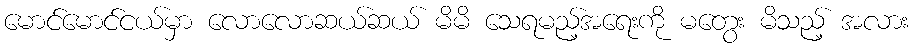
မောင်မောင်ငယ်မှာ လောလောဆယ်ဆယ် မိမိ သေရမည့်အရေးကို မတွေး မိသည့် အလား